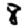
Digit: 8